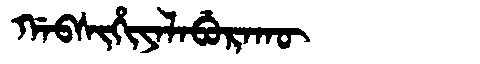
Manchu: ᡤᠠᠪᠰᡳᡥᡳᠶᠠᠯᠠᠪᡠᡵᠠᡴᡡ
Romanization: GABSIHIYALABURAKŪ